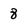
Character: 8